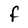
Character: f